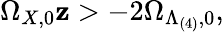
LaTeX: \Omega_{X,0}\mathbf{z}>-2\Omega_{\Lambda_{(4)},0},